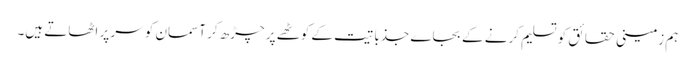
ہم زمینی حقائق کو تسلیم کرنے کے بجاے جذباتیت کے کوٹھے پر چڑھ کر آسمان کو سر پر اٹھاتے ہیں۔